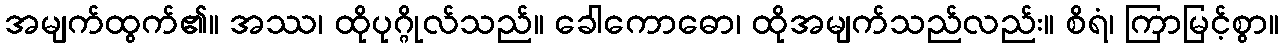
အမျက်ထွက်၏။ အဿ၊ ထိုပုဂ္ဂိုလ်သည်။ ခေါကောဓော၊ ထိုအမျက်သည်လည်း။ စိရံ၊ ကြာမြင့်စွာ။